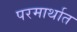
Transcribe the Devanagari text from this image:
परमार्थात